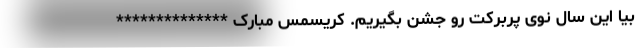
بیا این سال نوی پربرکت رو جشن بگیریم. کریسمس مبارک **************